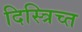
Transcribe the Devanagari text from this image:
दिस्त्रिच्त